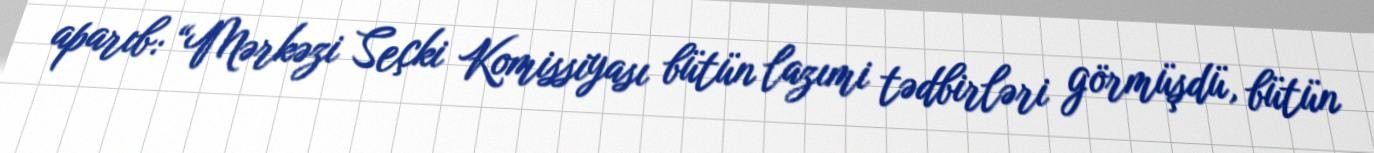
aparıb: “Mərkəzi Seçki Komissiyası bütün lazımi tədbirləri görmüşdü, bütün